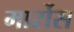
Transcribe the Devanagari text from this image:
मार्रोस